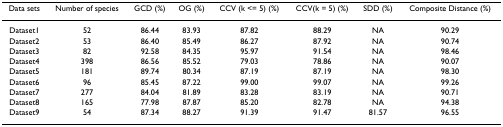
<table><thead><tr><td><b>Data sets</b></td><td><b>Number of species</b></td><td><b>GCD (%)</b></td><td><b>OG (%)</b></td><td><b>CCV (k &lt;= 5) (%)</b></td><td><b>CCV(k = 5) (%)</b></td><td><b>SDD (%)</b></td><td><b>Composite Distance (%)</b></td></tr></thead><tbody><tr><td>Dataset1</td><td>52</td><td>86.44</td><td>83.93</td><td>87.82</td><td>88.29</td><td>NA</td><td>90.29</td></tr><tr><td>Dataset2</td><td>53</td><td>86.40</td><td>85.49</td><td>86.27</td><td>87.92</td><td>NA</td><td>90.74</td></tr><tr><td>Dataset3</td><td>82</td><td>92.58</td><td>84.35</td><td>95.97</td><td>91.54</td><td>NA</td><td>98.46</td></tr><tr><td>Dataset4</td><td>398</td><td>86.56</td><td>85.52</td><td>79.03</td><td>78.86</td><td>NA</td><td>90.07</td></tr><tr><td>Dataset5</td><td>181</td><td>89.74</td><td>80.34</td><td>87.19</td><td>87.19</td><td>NA</td><td>98.30</td></tr><tr><td>Dataset6</td><td>96</td><td>85.45</td><td>87.22</td><td>99.00</td><td>99.07</td><td>NA</td><td>99.26</td></tr><tr><td>Dataset7</td><td>277</td><td>84.04</td><td>81.89</td><td>83.28</td><td>83.19</td><td>NA</td><td>90.71</td></tr><tr><td>Dataset8</td><td>165</td><td>77.98</td><td>87.87</td><td>85.20</td><td>82.78</td><td>NA</td><td>94.38</td></tr><tr><td>Dataset9</td><td>54</td><td>87.34</td><td>88.27</td><td>91.39</td><td>91.47</td><td>81.57</td><td>96.55</td></tr></tbody></table>